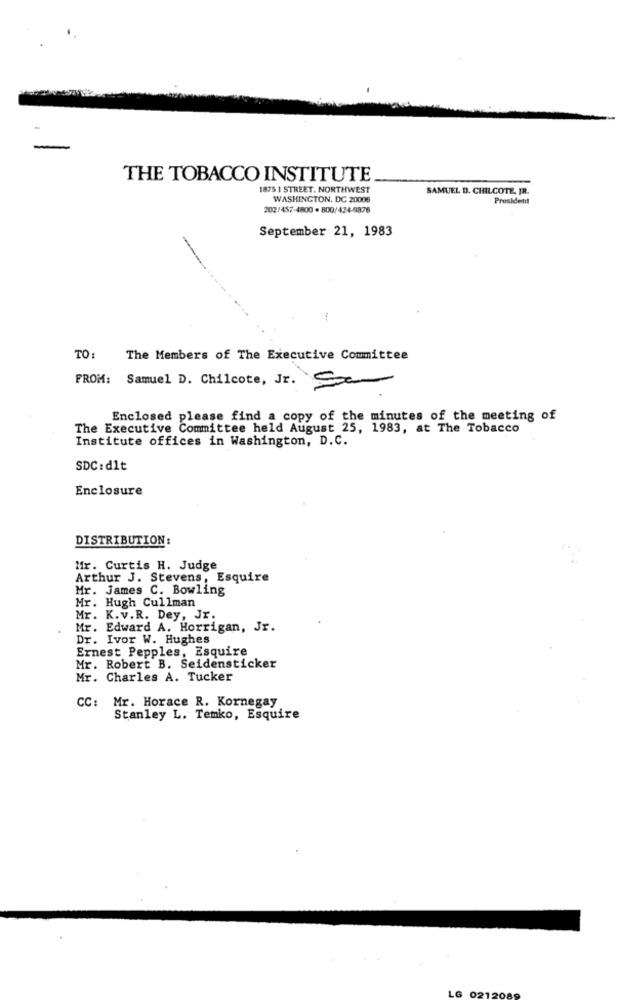
THE TOBACCO INSTITUTE
187$ 1 STREET. NORTHWEST
SAMUEL D. CHILCOTE, JR.
WASHINGTON, DC 20006
President
202/457-4800 . 800/424-9876
September 21, 1983
TO:
The Members of The Executive Committee
FROM: Samuel D. Chilcote, Jr. Sa
Enclosed please find a copy of the minutes of the meeting of
The Executive Committee held August 25, 1983, at The Tobacco
Institute offices in Washington, D.C.
SDC:dlt
Enclosure
DISTRIBUTION:
Mr. Curtis H. Judge
Arthur J. Stevens, Esquire
Mr. James C. Bowling
Mr. Hugh Cullman
Mr. K.v.R. Dey, Jr.
Mr. Edward A. Horrigan, Jr.
Dr. Ivor W. Hughes
Ernest Pepples, Esquire
Mr. Robert B. Seidensticker
Mr. Charles A. Tucker
CC: Mr. Horace R. Kornegay
Stanley L. Temko, Esquire
LG 021